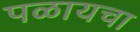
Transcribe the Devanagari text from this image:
पळायचा